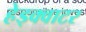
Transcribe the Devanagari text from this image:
हेड्क्वाटर